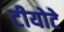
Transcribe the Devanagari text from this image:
टीयोटे